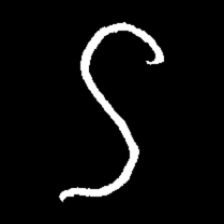
Pyu character \u2014 Myanmar letter: ဌ (romanized: ttha)